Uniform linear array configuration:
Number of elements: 24
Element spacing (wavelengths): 0.75
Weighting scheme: blackman
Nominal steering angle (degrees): -15
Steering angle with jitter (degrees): -16.16
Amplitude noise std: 0.05
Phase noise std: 0.05

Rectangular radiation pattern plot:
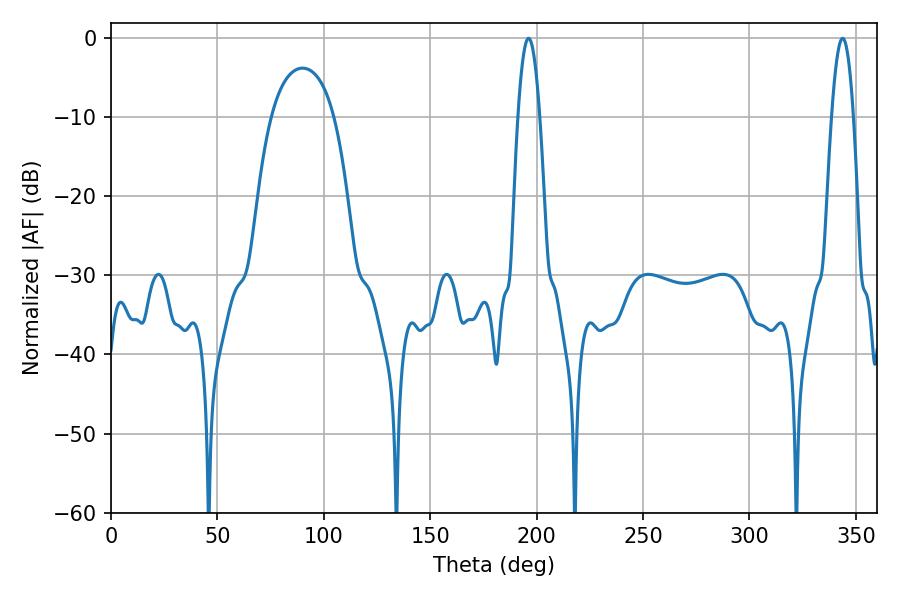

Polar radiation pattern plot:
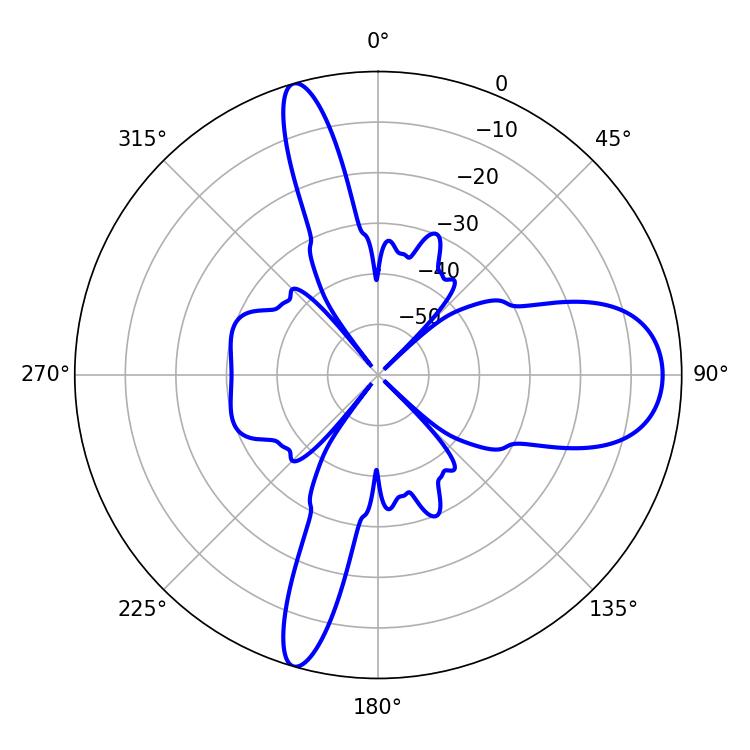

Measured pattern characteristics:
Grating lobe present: TRUE
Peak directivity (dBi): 13.011
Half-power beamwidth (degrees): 5.58
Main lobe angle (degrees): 196.2